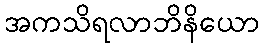
အကသိရလာဘိနိယော